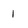
Character: 1